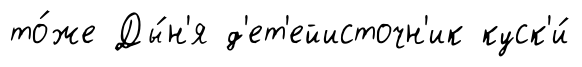
то́же Ды́н'я д'ет'ейисточн'ик куск'и́